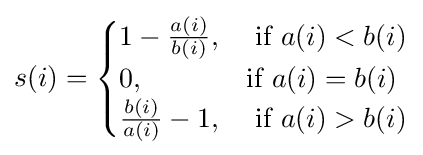
s(i)={\begin{cases}1-{\frac {a(i)}{b(i)}},&{\mbox{ if }}a(i)<b(i)\\0,&{\mbox{if }}a(i)=b(i)\\{\frac {b(i)}{a(i)}}-1,&{\mbox{ if }}a(i)>b(i)\\\end{cases}}